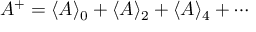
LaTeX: A ^ { + } = \langle A \rangle _ { 0 } + \langle A \rangle _ { 2 } + \langle A \rangle _ { 4 } + \cdots